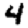
Digit: 4